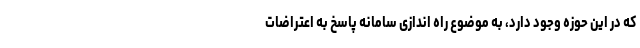
که در این حوزه وجود دارد، به موضوع راه اندازی سامانه پاسخ به اعتراضات